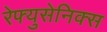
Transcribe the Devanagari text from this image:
रेफ्युसेनिक्स